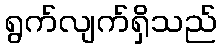
ရွက်လျက်ရှိသည်